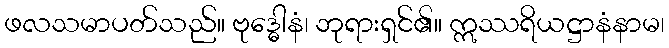
ဖလသမာပတ်သည်။ ဗုဒ္ဓေါနံ၊ ဘုရားရှင်၏။ ဣဿရိယဋ္ဌာနံနာမ၊